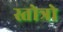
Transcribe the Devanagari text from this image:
स्तोत्रो